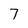
Character: 7